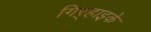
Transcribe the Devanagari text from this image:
गिऱ्हाइके